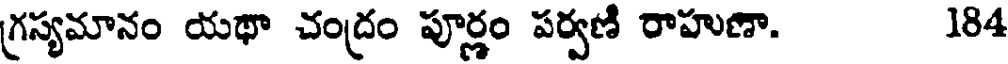
గ్రస్యమానం యథా చంద్రం పూర్ణం పర్వణి రాహుణా. 184